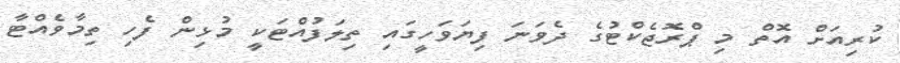
ކުރިއަށް އޮތް މި ޕްރޮޖެކްޓުގެ ދެވަނަ ފިޔަވަހީގައި ތިލަފުއްޓަކީ މުޅިން ފެހި ތިމާވެއްޓާ